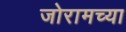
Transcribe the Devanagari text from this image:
जोरामच्या